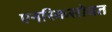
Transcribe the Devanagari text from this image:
एनरिकसोबत